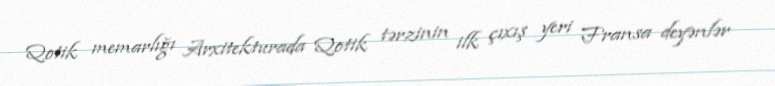
Qotik memarlığı Arxitekturada Qotik tərzinin ilk çıxış yeri Fransa deyənlər